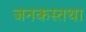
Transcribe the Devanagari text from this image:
जनकस्तथा